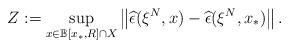
LaTeX: \begin{align*}Z:=\sup_{x\in \mathbb{B}[x_*,R]\cap X}\left\Vert\widehat\epsilon(\xi^N,x)-\widehat\epsilon(\xi^N,x_*)\right\Vert.\end{align*}